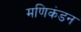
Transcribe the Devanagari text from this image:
मणिकंडन